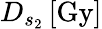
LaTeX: D_{s_{2}}\, [\mathrm{Gy}]